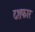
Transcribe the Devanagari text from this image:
दशफार